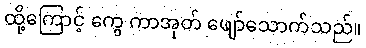
ထို့ကြောင့် ကွေ ကာအုတ် ဖျော်သောက်သည်။